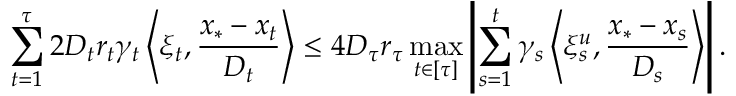
\sum _ { t = 1 } ^ { \tau } 2 D _ { t } r _ { t } \gamma _ { t } \left\langle \xi _ { t } , \frac { x _ { * } - x _ { t } } { D _ { t } } \right\rangle \leq 4 D _ { \tau } r _ { \tau } \operatorname* { m a x } _ { t \in \left[ \tau \right] } \left| \sum _ { s = 1 } ^ { t } \gamma _ { s } \left\langle \xi _ { s } ^ { u } , \frac { x _ { * } - x _ { s } } { D _ { s } } \right\rangle \right| .